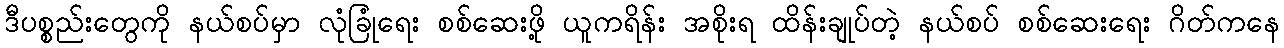
ဒီပစ္စည်းတွေကို နယ်စပ်မှာ လုံခြုံရေး စစ်ဆေးဖို့ ယူကရိန်း အစိုးရ ထိန်းချုပ်တဲ့ နယ်စပ် စစ်ဆေးရေး ဂိတ်ကနေ